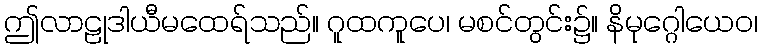
ဤလာဠုဒါယီမထေရ်သည်။ ဂူထကူပေ၊ မစင်တွင်း၌။ နိမုဂ္ဂေါယေဝ၊